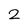
Character: 2